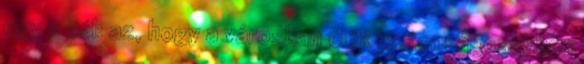
egy a cél: az, hogy a városban élők biztonságosabban